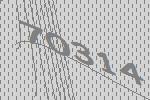
70314